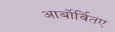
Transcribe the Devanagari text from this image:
आर्बोर्वितए